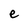
Character: e